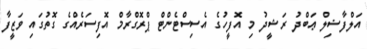
އަލްފާޟިލް ޢަބްދު ރަޝީދު މި އޮފީހުގެ އެސިސްޓެންޓް ޕްރޮގްރާމް އޮފިސަރެއްގެ ގޮތުގައި ވަޒީފާ